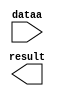
// megafunction wizard: %LPM_MULT%VBB%
// GENERATION: STANDARD
// VERSION: WM1.0
// MODULE: lpm_mult 

// ============================================================
// Megafunction Name(s):
// 			lpm_mult
//
// Simulation Library Files(s):
// 			lpm
// ============================================================
// ************************************************************
// THIS IS A WIZARD-GENERATED FILE. DO NOT EDIT THIS FILE!
//
// 16.0.0 Build 211 04/27/2016 SJ Standard Edition
// ************************************************************

//Copyright (C) 1991-2016 Altera Corporation. All rights reserved.
//Your use of Altera Corporation's design tools, logic functions 
//and other software and tools, and its AMPP partner logic 
//functions, and any output files from any of the foregoing 
//(including device programming or simulation files), and any 
//associated documentation or information are expressly subject 
//to the terms and conditions of the Altera Program License 
//Subscription Agreement, the Altera Quartus Prime License Agreement,
//the Altera MegaCore Function License Agreement, or other 
//applicable license agreement, including, without limitation, 
//that your use is for the sole purpose of programming logic 
//devices manufactured by Altera and sold by Altera or its 
//authorized distributors.  Please refer to the applicable 
//agreement for further details.

module multiply_k (
	dataa,
	result);

	input	[9:0]  dataa;
	output	[23:0]  result;

endmodule

// ============================================================
// CNX file retrieval info
// ============================================================
// Retrieval info: PRIVATE: AutoSizeResult NUMERIC "1"
// Retrieval info: PRIVATE: B_isConstant NUMERIC "1"
// Retrieval info: PRIVATE: ConstantB NUMERIC "10000"
// Retrieval info: PRIVATE: INTENDED_DEVICE_FAMILY STRING "Cyclone III"
// Retrieval info: PRIVATE: LPM_PIPELINE NUMERIC "0"
// Retrieval info: PRIVATE: Latency NUMERIC "0"
// Retrieval info: PRIVATE: SYNTH_WRAPPER_GEN_POSTFIX STRING "0"
// Retrieval info: PRIVATE: SignedMult NUMERIC "0"
// Retrieval info: PRIVATE: USE_MULT NUMERIC "1"
// Retrieval info: PRIVATE: ValidConstant NUMERIC "1"
// Retrieval info: PRIVATE: WidthA NUMERIC "10"
// Retrieval info: PRIVATE: WidthB NUMERIC "14"
// Retrieval info: PRIVATE: WidthP NUMERIC "24"
// Retrieval info: PRIVATE: aclr NUMERIC "0"
// Retrieval info: PRIVATE: clken NUMERIC "0"
// Retrieval info: PRIVATE: new_diagram STRING "1"
// Retrieval info: PRIVATE: optimize NUMERIC "0"
// Retrieval info: LIBRARY: lpm lpm.lpm_components.all
// Retrieval info: CONSTANT: LPM_HINT STRING "INPUT_B_IS_CONSTANT=YES,MAXIMIZE_SPEED=5"
// Retrieval info: CONSTANT: LPM_REPRESENTATION STRING "UNSIGNED"
// Retrieval info: CONSTANT: LPM_TYPE STRING "LPM_MULT"
// Retrieval info: CONSTANT: LPM_WIDTHA NUMERIC "10"
// Retrieval info: CONSTANT: LPM_WIDTHB NUMERIC "14"
// Retrieval info: CONSTANT: LPM_WIDTHP NUMERIC "24"
// Retrieval info: USED_PORT: dataa 0 0 10 0 INPUT NODEFVAL "dataa[9..0]"
// Retrieval info: USED_PORT: result 0 0 24 0 OUTPUT NODEFVAL "result[23..0]"
// Retrieval info: CONNECT: @dataa 0 0 10 0 dataa 0 0 10 0
// Retrieval info: CONNECT: @datab 0 0 14 0 10000 0 0 14 0
// Retrieval info: CONNECT: result 0 0 24 0 @result 0 0 24 0
// Retrieval info: GEN_FILE: TYPE_NORMAL multiply_k.v TRUE
// Retrieval info: GEN_FILE: TYPE_NORMAL multiply_k.inc FALSE
// Retrieval info: GEN_FILE: TYPE_NORMAL multiply_k.cmp FALSE
// Retrieval info: GEN_FILE: TYPE_NORMAL multiply_k.bsf FALSE
// Retrieval info: GEN_FILE: TYPE_NORMAL multiply_k_inst.v FALSE
// Retrieval info: GEN_FILE: TYPE_NORMAL multiply_k_bb.v TRUE
// Retrieval info: LIB_FILE: lpm